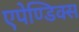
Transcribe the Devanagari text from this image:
एपेण्डिक्स